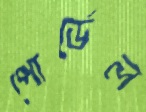
পোর্ডেল